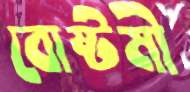
বোষ্টমী